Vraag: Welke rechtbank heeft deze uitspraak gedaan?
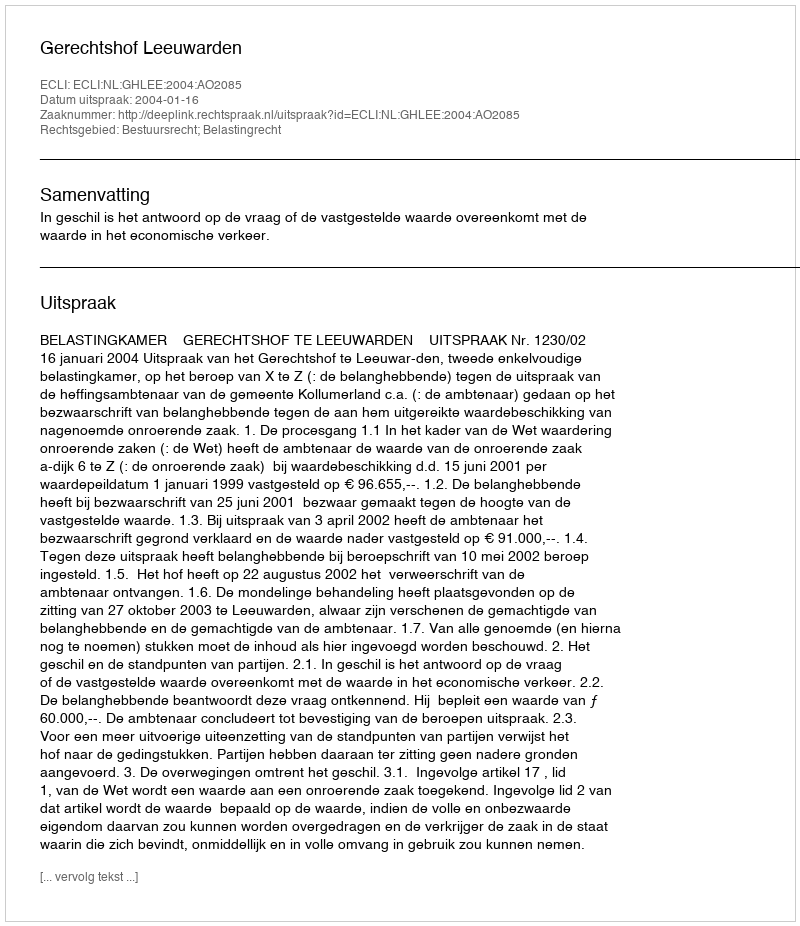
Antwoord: Gerechtshof Leeuwarden